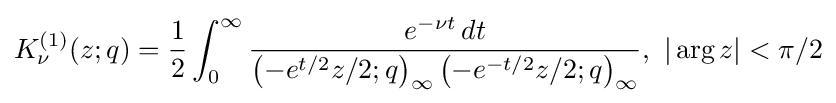
K_{\nu }^{(1)}(z;q)={\frac {1}{2}}\int _{0}^{\infty }{\frac {e^{-\nu t}\,dt}{\left(-e^{t/2}z/2;q\right)_{\infty }\left(-e^{-t/2}z/2;q\right)_{\infty }}},\ |\arg z|<\pi /2